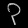
Digit: ၃